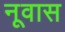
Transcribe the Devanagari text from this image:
नूवास